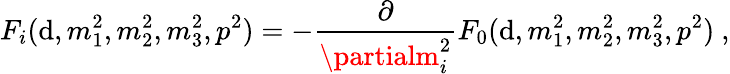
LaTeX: F_{i}(\mathrm{d},m_{1}^{2},m_{2}^{2},m_{3}^{2},p^{2})=-\frac{{\partial}}{{\partialm_{i}^{2}}}F_{0}(\mathrm{d},m_{1}^{2},m_{2}^{2},m_{3}^{2},p^{2})\ ,